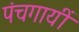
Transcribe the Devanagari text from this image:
पंचगायीं